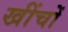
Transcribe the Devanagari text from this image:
खींचों